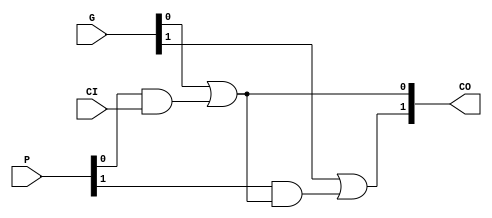
module _90_lcu_1 (P, G, CI, CO);
	parameter WIDTH = 2;
	input [WIDTH-1:0] P, G;
	input CI;
	output [WIDTH-1:0] CO;
	integer i, j;
	reg [WIDTH-1:0] p, g;
	wire [1023:0] _TECHMAP_DO_ = "proc; opt -fast";
	always @* begin
		p = P;
		g = G;
		g[0] = g[0] | (p[0] & CI);
		for (i = 1; i <= $clog2(WIDTH); i = i+1) begin
			for (j = 2**i - 1; j < WIDTH; j = j + 2**i) begin
				g[j] = g[j] | p[j] & g[j - 2**(i-1)];
				p[j] = p[j] & p[j - 2**(i-1)];
			end
		end
		for (i = $clog2(WIDTH); i > 0; i = i-1) begin
			for (j = 2**i + 2**(i-1) - 1; j < WIDTH; j = j + 2**i) begin
				g[j] = g[j] | p[j] & g[j - 2**(i-1)];
				p[j] = p[j] & p[j - 2**(i-1)];
			end
		end
	end
	assign CO = g;
endmodule